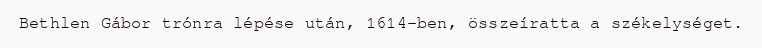
Bethlen Gábor trónra lépése után, 1614-ben, összeíratta a székelységet.